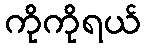
ကိုကိုရယ်